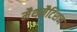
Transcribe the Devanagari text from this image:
मैथमैटिशन